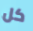
كل